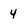
Character: 4